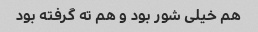
هم خیلی شور بود و هم ته گرفته بود